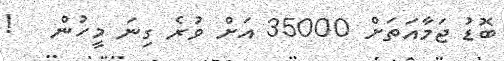
ބޮޑު ޖަމާއަތަށް 35000 އަށް ވުރެ ގިނަ މީހުން   !